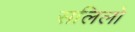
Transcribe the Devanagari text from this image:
सलिलो